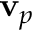
\mathbf { v } _ { p }